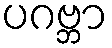
ပဂဗ္ဘာ